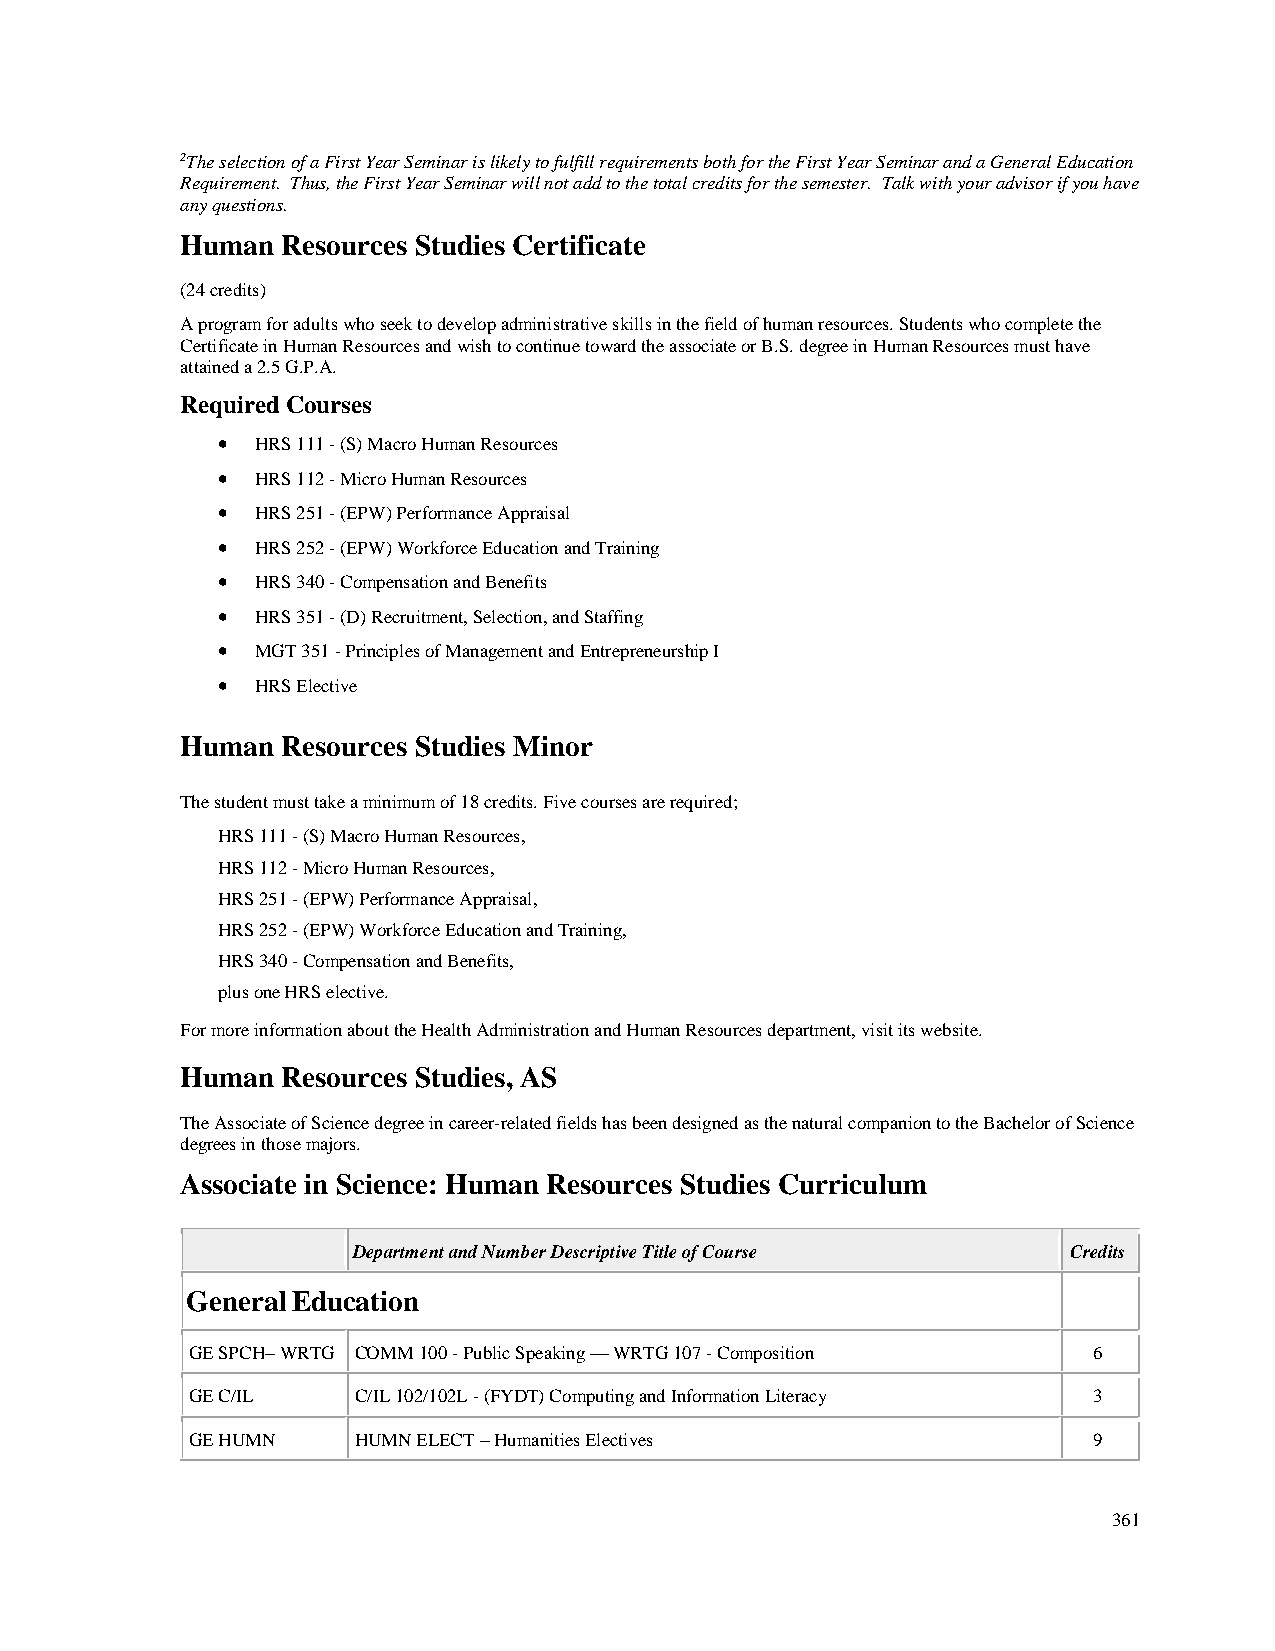
2The selection of a First Year Seminar is likely to fulfill requirements both for the First Year Seminar and a General Education
 Requirement. Thus, the First Year Seminar will not add to the total credits for the semester. Talk with your advisor if you have
 any questions.
 Human  Resources Studies Certificate
 (24 credits)
 A program for adults who seek to develop administrative skills in the field of human resources. Students who complete the
 Certificate in Human Resources and wish to continue toward the associate or B.S. degree in Human Resources must have
 attained a 2.5 G.P.A.
 Required Courses
 •  HRS 111 - (S) Macro Human Resources
 •  HRS 112 - Micro Human Resources
 •  HRS 251 - (EPW) Performance Appraisal
 •  HRS 252 - (EPW) Workforce Education and Training
 •  HRS 340 - Compensation and Benefits
 •  HRS 351 - (D) Recruitment, Selection, and Staffing
 •  MGT 351 - Principles of Management and Entrepreneurship I
 •  HRS Elective
 Human  Resources Studies Minor
 The student must take a minimum of 18 credits. Five courses are required;
 HRS 111 - (S) Macro Human Resources,
 HRS 112 - Micro Human Resources,
 HRS 251 - (EPW) Performance Appraisal,
 HRS 252 - (EPW) Workforce Education and Training,
 HRS 340 - Compensation and Benefits,
 plus one HRS elective.
 For more information about the Health Administration and Human Resources department, visit its website.
 Human  Resources Studies, AS
 The Associate of Science degree in career-related fields has been designed as the natural companion to the Bachelor of Science
 degrees in those majors.
 Associate in Science: Human Resources Studies Curriculum
 Department and Number Descriptive Title of Course Credits
 General Education
 GE SPCH– WRTG COMM 100 - Public Speaking — WRTG 107 - Composition 6
 GE C/IL    C/IL 102/102L - (FYDT) Computing and Information Literacy 3
 GE HUMN    HUMN ELECT – Humanities Electives                9
 361